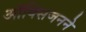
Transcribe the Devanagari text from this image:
ऑक्सिजनने